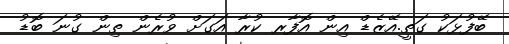
ބޭފުޅަކު ގަތީ.އޭޒެޑް އިން އޮފާރ ކުރާ އަގަށް ވުރެން ތިން ގުނަ ބޮޑު